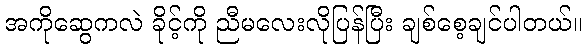
အကိုဆွေကလဲ ခိုင့်ကို ညီမလေးလိုပြန်ပြီး ချစ်စေ့ချင်ပါတယ်။